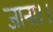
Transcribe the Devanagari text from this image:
जाना।।